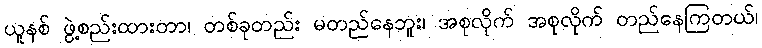
ယူနစ် ဖွဲ့စည်းထားတာ၊ တစ်ခုတည်း မတည်နေဘူး၊ အစုလိုက် အစုလိုက် တည်နေကြတယ်၊